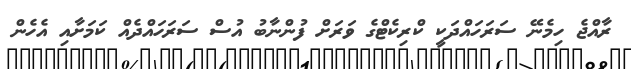
ރާއްޖެ ހިމެނޭ ސަރަހައްދަކީ ކްރިކެޓްގެ ވަރަށް ފުންނާބު އުސް ސަރަހައްދެއް ކަމަށާއި އެހެން